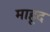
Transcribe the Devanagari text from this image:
माहूद